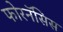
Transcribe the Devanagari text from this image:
फोरनॅसिस